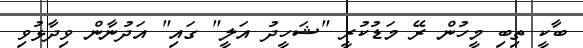
ބާކީ ތިބި މީހުން ރޭ މަޑުކުރީ "ޝަހީދު އަލީ" ގައި" އަދުނާން ވިދާޅުވި